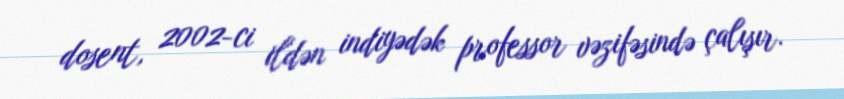
dosent, 2002-ci ildən indiyədək professor vəzifəsində çalışır.